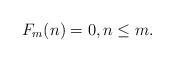
LaTeX: \begin{align*}F_m(n) = 0, n \leq m.\end{align*}